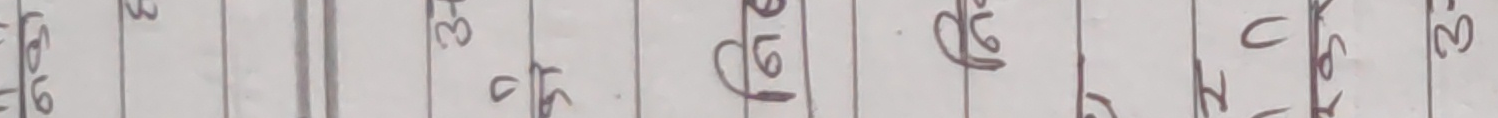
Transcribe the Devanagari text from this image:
१७ ३ ३१ ५४ ६ ६७ २५ ४० ८